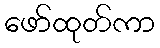
ဖော်ထုတ်ကာ